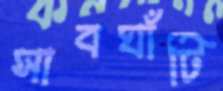
সাবঘাঁটি